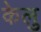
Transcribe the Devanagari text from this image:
केलु